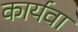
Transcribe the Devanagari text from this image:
कार्यवा